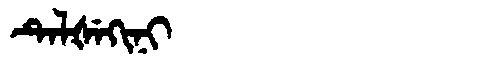
Manchu: ᡨᡝᠯᡧᡝᡴᡳᠨᡳ
Romanization: TELŠEKINI